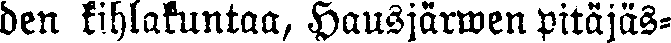
den kihlakuntaa, Hausjärwen pitäjäs-